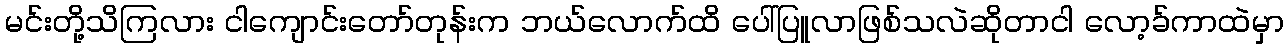
မင်းတို့သိကြလား ငါကျောင်းတော်တုန်းက ဘယ်လောက်ထိ ပေါ်ပြူလာဖြစ်သလဲဆိုတာငါ လော့ခ်ကာထဲမှာ